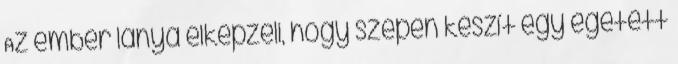
Az ember lánya elképzeli, hogy szépen készít egy égetett